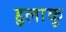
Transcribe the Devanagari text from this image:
हुलाकू